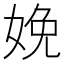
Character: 娩